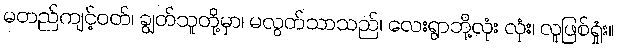
မတည်ကျင့်ဝတ်၊ ချွတ်သူတို့မှာ၊ မလွတ်သာသည်၊ လေးရွာဘို့လုံး လုံး၊ လူဖြစ်ရှုံး။